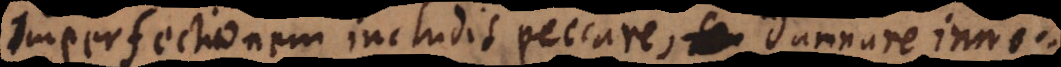
Imperfectionem includit peccare, seu verbi